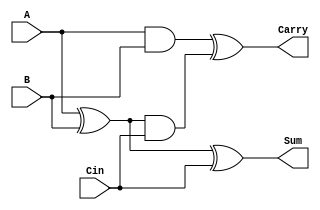
`timescale 1ns / 1ps
//////////////////////////////////////////////////////////////////////////////////
// Company: 
// Engineer: 
// 
// Design Name: 
// Module Name: Full_adder
// Project Name: 
// Target Devices: 
// Tool Versions: 
// Description: 
// 
// Dependencies: 
// 
// Revision:
// Revision 0.01 - File Created
// Additional Comments:
// 
//////////////////////////////////////////////////////////////////////////////////


module Full_adder(Carry, Sum, A, B, Cin);

input A, B, Cin;

output Carry, Sum;

//logics

xor xor1(s1, A, B);
and and1(c1, A, B);
xor xor2(Sum, s1, Cin);
and and2(s2, s1, Cin);
xor xor3(Carry, c1, s2);

endmodule